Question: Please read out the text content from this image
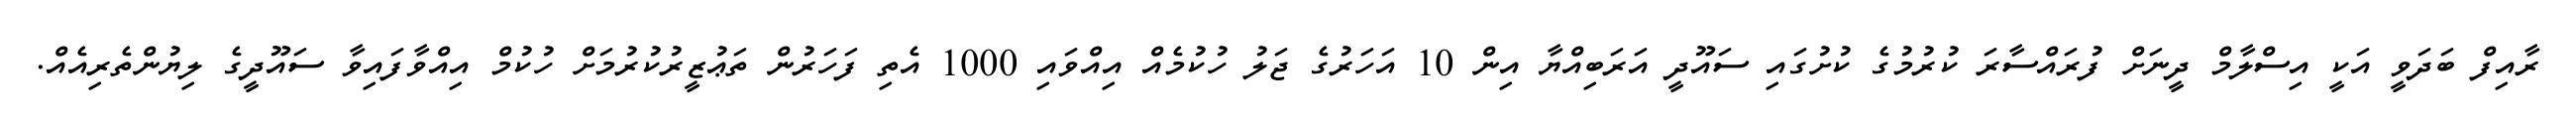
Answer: ރާއިފް ބަދަވީ އަކީ އިސްލާމް ދީނަށް ފުރައްސާރަ ކުރުމުގެ ކުށުގައި ސައޫދީ އަރަބިއްޔާ އިން 10 އަހަރުގެ ޖަލު ހުކުމެއް އިއްވައި 1000 އެތި ފަހަރުން ތަޢުޒީރުކުރުމަށް ހުކުމް އިއްވާފައިވާ ސައޫދީގެ ލިޔުންތެރިއެއް.